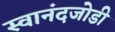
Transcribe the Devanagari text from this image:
स्वानंदजोडी